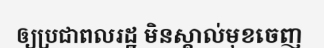
ឲ្យប្រជាពលរដ្ឋ មិនស្គាល់មុខចេញ